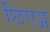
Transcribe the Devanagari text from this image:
छिएङ्ग